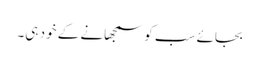
بجائے سب کو سمجھانے کے خود ہی۔